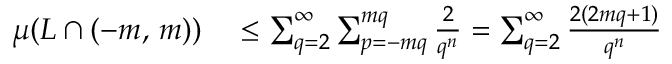
\begin{array} { r l } { \mu ( L \cap ( - m , \, m ) ) } & { { } \leq \sum _ { q = 2 } ^ { \infty } \sum _ { p = - m q } ^ { m q } { \frac { 2 } { q ^ { n } } } = \sum _ { q = 2 } ^ { \infty } { \frac { 2 ( 2 m q + 1 ) } { q ^ { n } } } } \end{array}